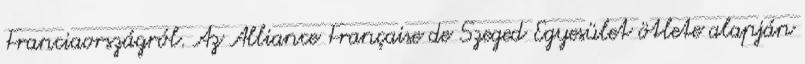
Franciaországról. Az Alliance Française de Szeged Egyesület ötlete alapján